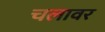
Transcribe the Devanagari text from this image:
चलावर